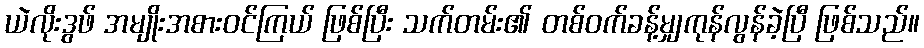
ယဲလိုးဒွဖ် အမျိုးအစားဝင်ကြယ် ဖြစ်ပြီး သက်တမ်း၏ တစ်ဝက်ခန့်မျှကုန်လွန်ခဲ့ပြီ ဖြစ်သည်။